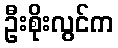
ဦးစိုးလွင်က